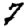
Digit: 7